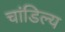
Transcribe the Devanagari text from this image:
चांडिल्य